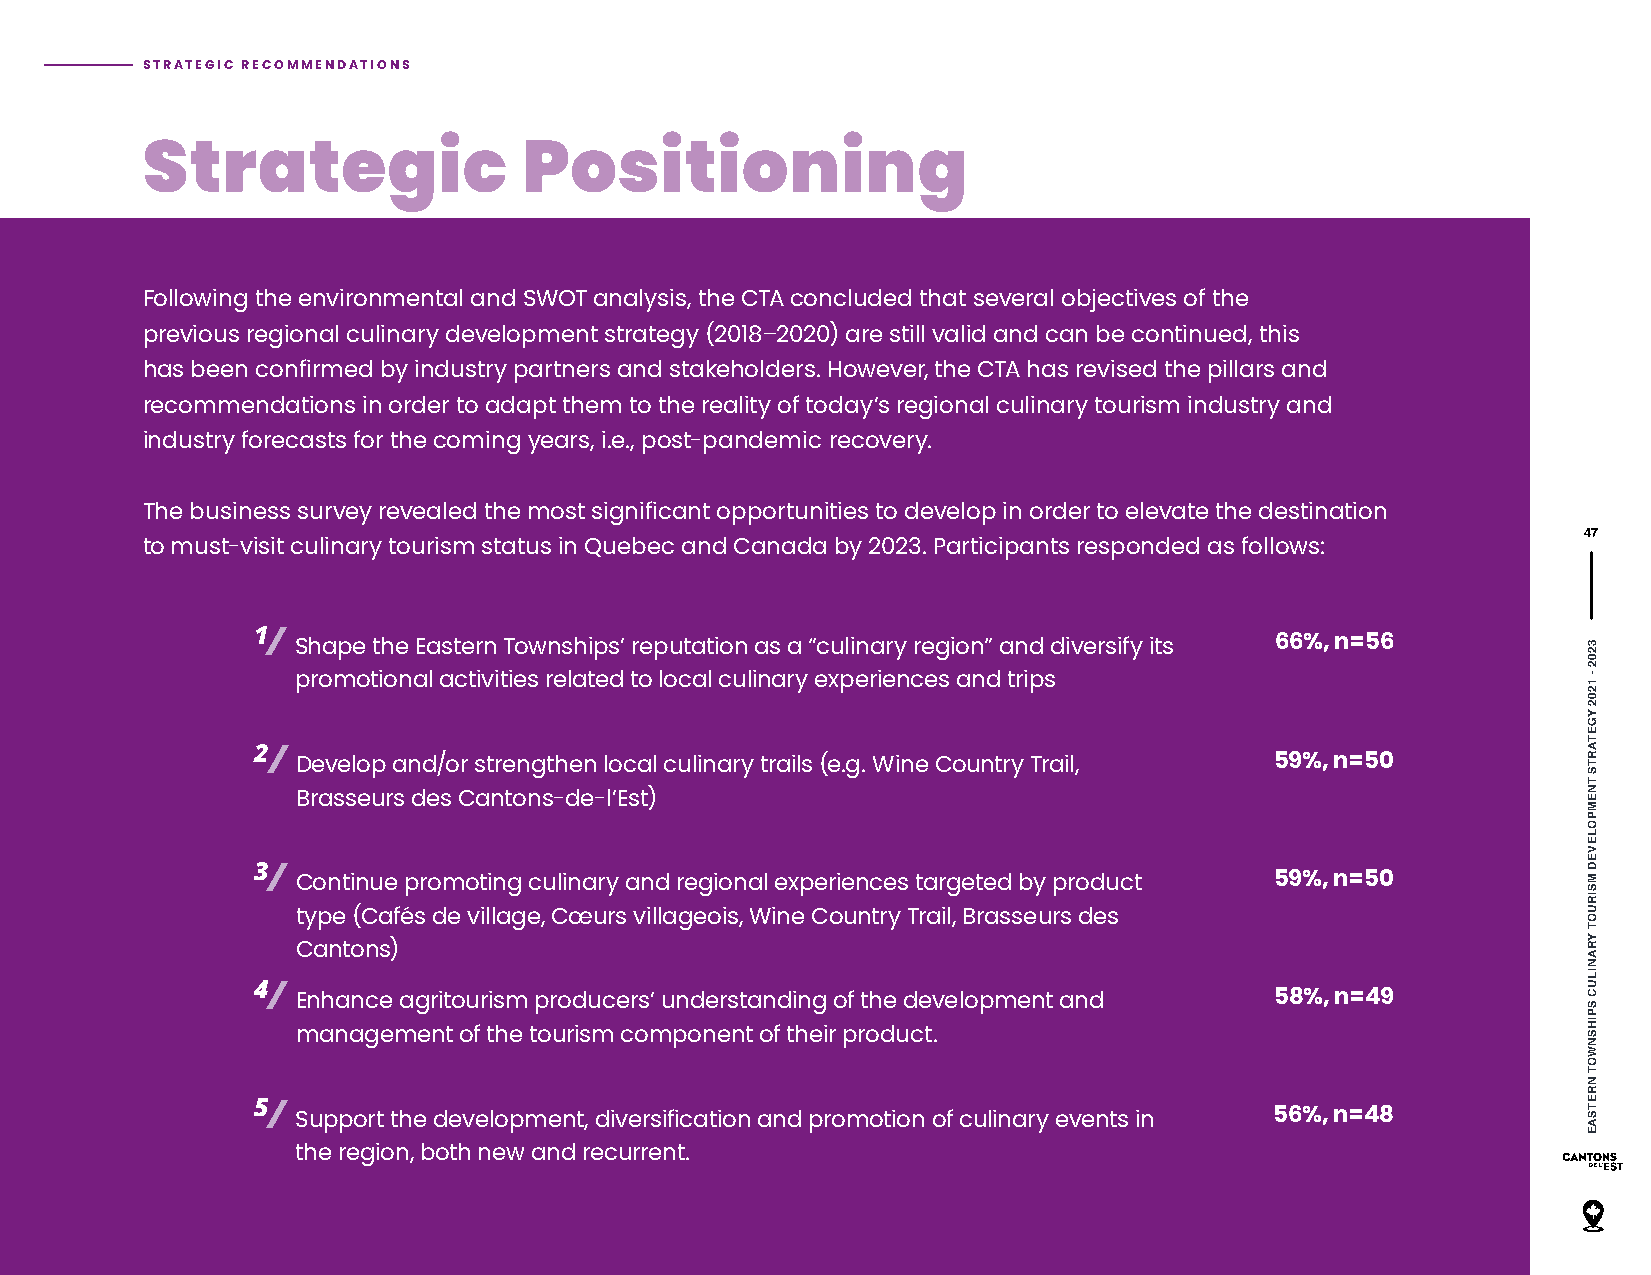
STRATEGIC RECOMMENDATIONS
 Strategic                 Positioning
 Following the environmental and SWOT analysis, the CTA concluded that several objectives of the
 previous regional culinary development strategy (2018–2020) are still valid and can be continued, this
 has been confirmed by industry partners and stakeholders. However, the CTA has revised the pillars and
 recommendations in order to adapt them to the reality of today’s regional culinary tourism industry and
 industry forecasts for the coming years, i.e., post-pandemic recovery.
 The business survey revealed the most significant opportunities to develop in order to elevate the destination
 47
 to must-visit culinary tourism status in Quebec and Canada by 2023. Participants responded as follows:
 1/
 Shape the Eastern Townships’ reputation as a “culinary region” and diversify its 66%, n=56
 promotional activities related to local culinary experiences and trips
 2/
 Develop and/or strengthen local culinary trails (e.g. Wine Country Trail, 59%, n=50
 Brasseurs des Cantons-de-l’Est)
 3/
 Continue promoting culinary and regional experiences targeted by product 59%, n=50
 type (Cafés de village, Cœurs villageois, Wine Country Trail, Brasseurs des
 Cantons)
 4/
 Enhance agritourism producers’ understanding of the development and 58%, n=49
 management of the tourism component of their product.
 5/
 Support the development, diversification and promotion of culinary events in 56%, n=48
 the region, both new and recurrent.
 3202
 -
 1202
 YGETARTS
 TNEMPOLEVED
 MSIRUOT
 YRANILUC
 SPIHSNWOT
 NRETSAE